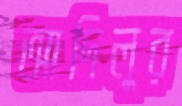
আদিলুর